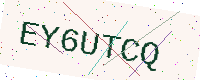
Text: EY6UTCQ